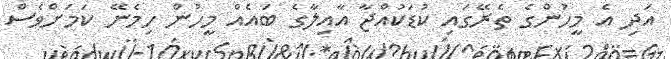
އަދި އެ މީހުންގެ ތެރޭގައި ކުޑަކުއްޖާ އާއިލާގެ ބައެއް މީހުން ހިމެނޭ ކަމަށްވެސް